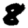
Digit: 8